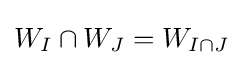
W_{I}\cap W_{J}=W_{I\cap J}